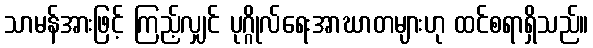
သာမန်အားဖြင့် ကြည့်လျှင် ပုဂ္ဂိုလ်ရေးအာဃာတများဟု ထင်စရာရှိသည်။